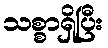
သစ္စာရှိပြီး